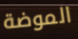
الموضة